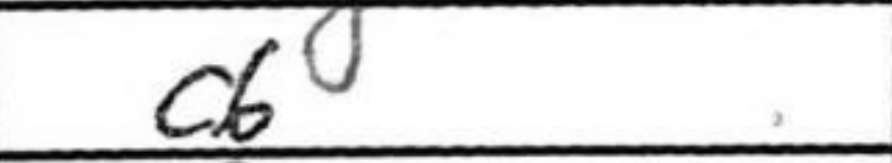
Transcription: c6